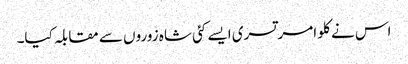
اس نے کلو امرتسری ایسے کئی شاہ زوروں سے مقابلہ کیا۔